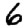
Digit: 6